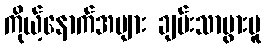
ကိုယ့်နောက်အများ ချမ်းသာပွားမူ